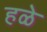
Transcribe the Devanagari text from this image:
हळे